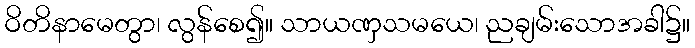
ဝိတိနာမေတွာ၊ လွန်စေ၍။ သာယဏှသမယေ၊ ညချမ်းသောအခါ၌။